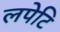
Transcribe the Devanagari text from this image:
लपेटि